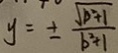
y = \pm \frac { \sqrt { D ^ { 2 } + 1 } } { b ^ { 2 } + 1 }